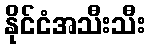
နိုင်ငံအသီးသီး